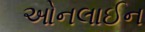
ઓનલાઈન